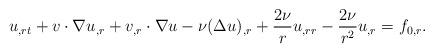
LaTeX: \begin{align*}u_{,rt}+v\cdot\nabla u_{,r}+v_{,r}\cdot\nabla u-\nu(\Delta u)_{,r}+{2\nu\over r}u_{,rr}-{2\nu\over r^2}u_{,r}=f_{0,r}.\end{align*}